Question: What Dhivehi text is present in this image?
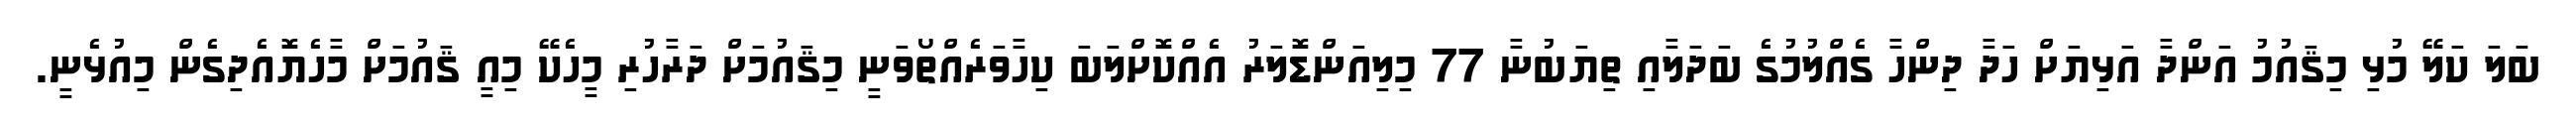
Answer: ބަލަ ކަލޭ މުޅި މިޤައުމު އަންދާ އަޅިޔަށް ހަދާ ދިންހާ ގެއްލުމުގެ ބަދަލާއި ތިޔަބުނާ 77 މިލިއަންޑޮލަރު އެއްކޮށްލަބަ ކިހާވަރެއްތޯވަނީ މިޤައުމަށް ދަރާހުރި މީހެކޭ މިއީ ޤައުމަށް މާހެޔޮއެދިގެން މިއުޅެނީ.